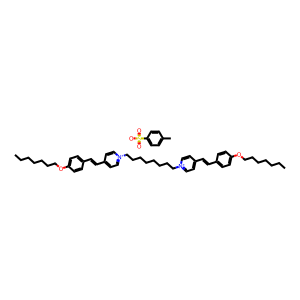
SMILES: CCCCCCCOc1ccc(C=Cc2cc[n+](CCCCCCCC[n+]3ccc(C=Cc4ccc(OCCCCCCC)cc4)cc3)cc2)cc1.Cc1ccc(S(=O)(=O)[O-])cc1
Inhibits HIV replication: No